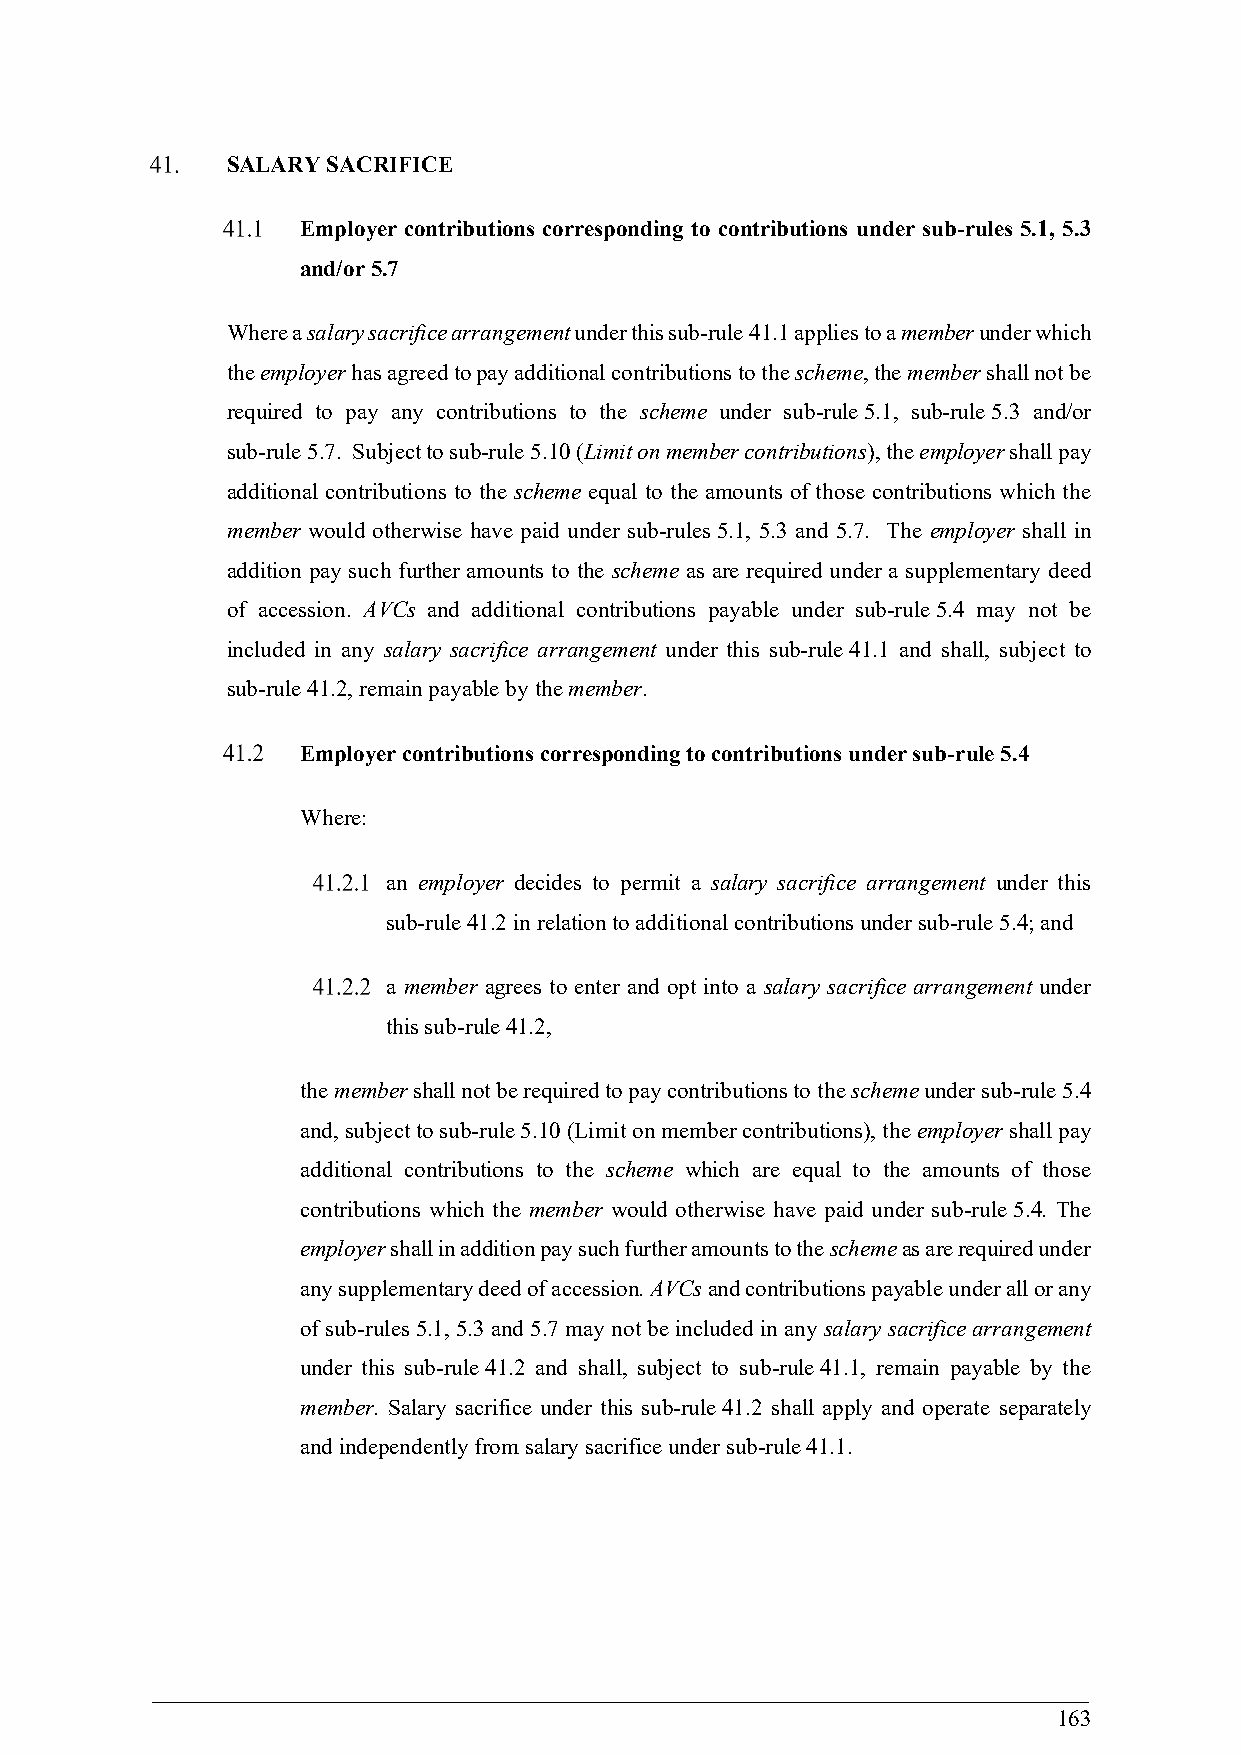
SALARY SACRIFICE
 Employer contributions corresponding to contributions under sub-rules 5.1, 5.3
 and/or 5.7
 Where a salary sacrifice arrangement under this sub-rule 41.1 applies to a member under which
 the employer has agreed to pay additional contributions to the scheme, the member shall not be
 required to pay any contributions to the scheme under sub-rule 5.1, sub-rule 5.3 and/or
 sub-rule 5.7. Subject to sub-rule 5.10 (Limit on member contributions), the employer shall pay
 additional contributions to the scheme equal to the amounts of those contributions which the
 member would otherwise have paid under sub-rules 5.1, 5.3 and 5.7. The employer shall in
 addition pay such further amounts to the scheme as are required under a supplementary deed
 of accession. AVCs and additional contributions payable under sub-rule 5.4 may not be
 included in any salary sacrifice arrangement under this sub-rule 41.1 and shall, subject to
 sub-rule 41.2, remain payable by the member.
 Employer contributions corresponding to contributions under sub-rule 5.4
 Where:
 an employer decides to permit a salary sacrifice arrangement under this
 sub-rule 41.2 in relation to additional contributions under sub-rule 5.4; and
 a member agrees to enter and opt into a salary sacrifice arrangement under
 this sub-rule 41.2,
 the member shall not be required to pay contributions to the scheme under sub-rule 5.4
 and, subject to sub-rule 5.10 (Limit on member contributions), the employer shall pay
 additional contributions to the scheme which are equal to the amounts of those
 contributions which the member would otherwise have paid under sub-rule 5.4. The
 employer shall in addition pay such further amounts to the scheme as are required under
 any supplementary deed of accession. AVCs and contributions payable under all or any
 of sub-rules 5.1, 5.3 and 5.7 may not be included in any salary sacrifice arrangement
 under this sub-rule 41.2 and shall, subject to sub-rule 41.1, remain payable by the
 member. Salary sacrifice under this sub-rule 41.2 shall apply and operate separately
 and independently from salary sacrifice under sub-rule 41.1.
 163